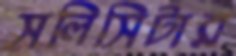
সলিসিটার